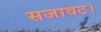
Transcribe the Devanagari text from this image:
सजावट।